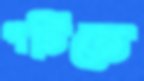
পর্টিতে